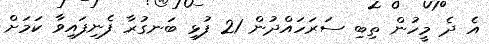
އެ ދެ މީހުން ތިބި ސަރަހައްދުން 21 ފުޅި ބަނގުރާ ފެނިފައިވާ ކަމަށް